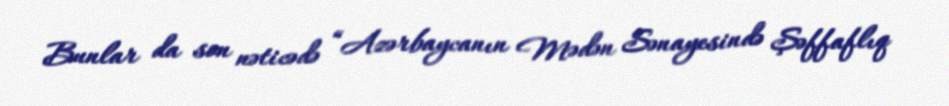
Bunlar da son nəticədə “Azərbaycanın Mədən Sənayesində Şəffaflıq